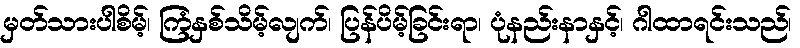
မှတ်သားပါစိမ့်၊ ကြံနှစ်သိမ့်လျက်၊ ပြန်ပိမ့်ခြင်းရာ၊ ပုံနည်းနာနှင့်၊ ဂါထာရင်းသည်၊